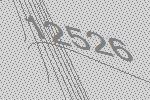
12526